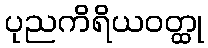
ပုညကိရိယဝတ္ထု